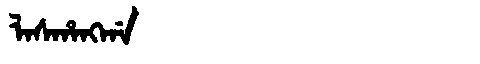
Manchu: ᠯᠠᠰᡥᠠᠩᡤᠠ
Romanization: LASHANGGA